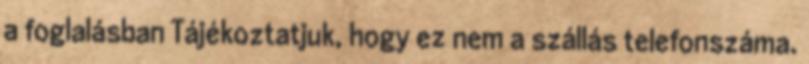
a foglalásban Tájékoztatjuk, hogy ez nem a szállás telefonszáma.